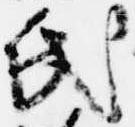
氏